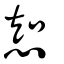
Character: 𢜔